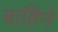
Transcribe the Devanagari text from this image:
बाहिनें